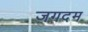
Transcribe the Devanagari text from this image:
जगदम